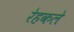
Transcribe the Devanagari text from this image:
रेहकले